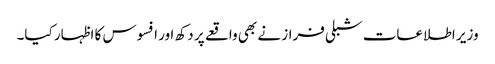
وزیر اطلاعات شبلی فراز نے بھی واقعے پر دکھ اور افسوس کا اظہار کیا۔